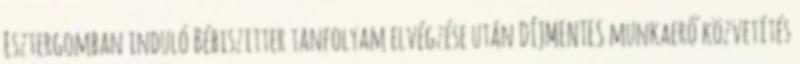
Esztergomban induló Bébiszitter tanfolyam elvégzése után DÍJMENTES munkaerő közvetítés